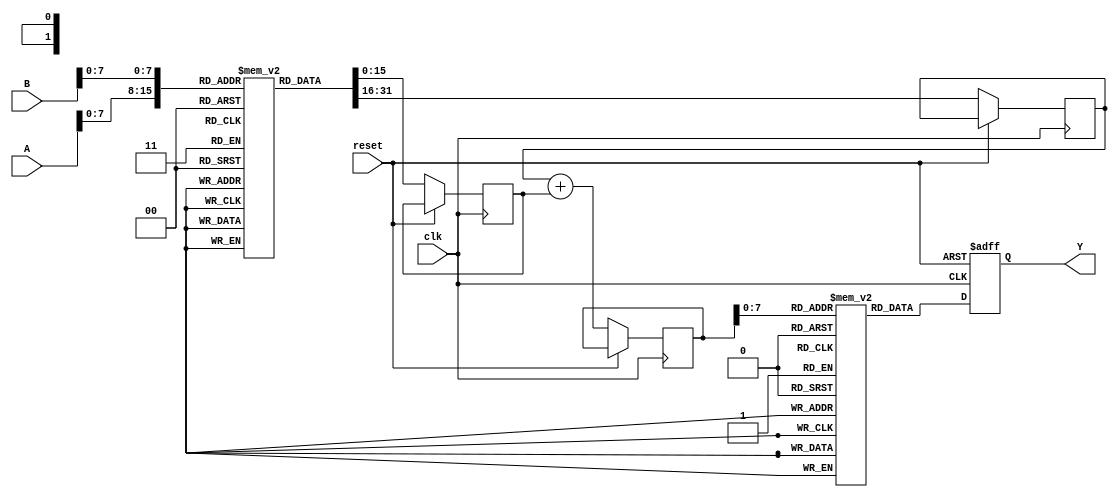
module LogarithmicMultiplier (
    input [15:0] A, // Input operand A
    input [15:0] B, // Input operand B
    output reg [31:0] Y, // Output result
    input clk, // Clock signal
    input reset // Reset signal
);

    // Logarithm and Exponential LUTs (for demonstration purposes)
    reg [15:0] log_lut [0:255]; // Logarithm LUT
    reg [31:0] exp_lut [0:255]; // Exponential LUT

    // Initialize LUTs (this should be done in a more appropriate way in a real design)
    initial begin
        // Populate log_lut with precomputed logarithm values
        // Example: log_lut[0] = 0, log_lut[1] = 0, log_lut[2] = 1, ...
        // Populate exp_lut with precomputed exponential values
        // Example: exp_lut[0] = 1, exp_lut[1] = 2, exp_lut[2] = 4, ...
    end

    reg [15:0] logA, logB; // Logarithmic values
    reg [15:0] logSum; // Sum of logarithmic values

    // Control logic to compute logarithm and exponential
    always @(posedge clk or posedge reset) begin
        if (reset) begin
            Y <= 0;
        end else begin
            // Calculate logarithm of A and B
            logA <= log_lut[A[7:0]]; // Assuming A is in the range of 0-255
            logB <= log_lut[B[7:0]]; // Assuming B is in the range of 0-255

            // Add logarithmic values
            logSum <= logA + logB;

            // Calculate exponential of the sum
            Y <= exp_lut[logSum[7:0]]; // Assuming logSum is in the range of 0-255
        end
    end

endmodule